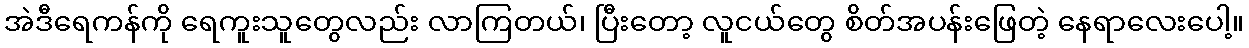
အဲဒီရေကန်ကို ရေကူးသူတွေလည်း လာကြတယ်၊ ပြီးတော့ လူငယ်တွေ စိတ်အပန်းဖြေတဲ့ နေရာလေးပေါ့။